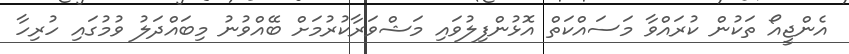
އެންޖީއޯ ތަކުން ކުރައްވާ މަސައްކަތް އޮޅުންފިލުވައި މަޝްވަރާކުރުމަށް ބޭއްވުނު މިބައްދަލު ވުމުގައި ހުރިހާ